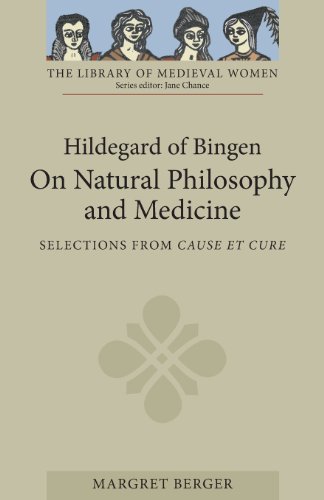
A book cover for Hildegard of Bingen: On Natural Philosophy and Medicine; Hildegard of Bingen; Literature & Fiction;